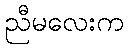
ညီမလေးက